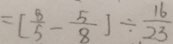
= [ \frac { 8 } { 5 } - \frac { 5 } { 8 } ] \div \frac { 1 6 } { 2 3 }